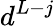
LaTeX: d^{L-j}